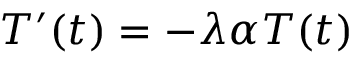
T ^ { \prime } ( t ) = - \lambda \alpha T ( t )